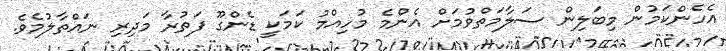
އެހެންކަމުން މިބަލިން ސަލާމަތްވުމަށް އެންމެ މުހިއްމު ކަމަކީ ޑެންގޫ ފަތުރާ މަދިރި ނައްތާލުމެވެ.